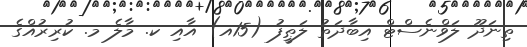
ތިނަދޫ ލަވްނެސްޓް އިބާދަތު ލަޠީފު (15އ) އާއި ކ. މާލެ މ. ކުރިރުއްގެ